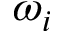
\omega _ { i }